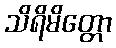
သိရိမိတ္တော